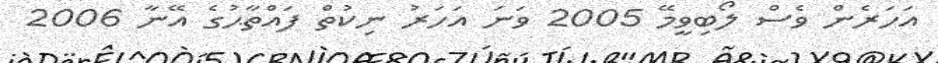
އަހަރެން ވެސް ލޯބިވީމޭ 2005 ވަނަ އަހަރު ނިކުތް ފައްތާޙުގެ އޭނާ 2006